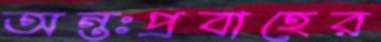
অন্তঃপ্রবাহের